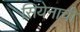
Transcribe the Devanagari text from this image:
सियेनाची